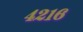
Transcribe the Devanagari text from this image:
४२१६